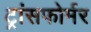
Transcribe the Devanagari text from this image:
ट्रांसफोर्मर